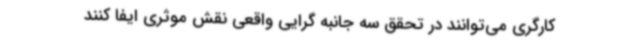
کارگری می‌توانند در تحقق سه جانبه گرایی واقعی نقش موثری ایفا کنند